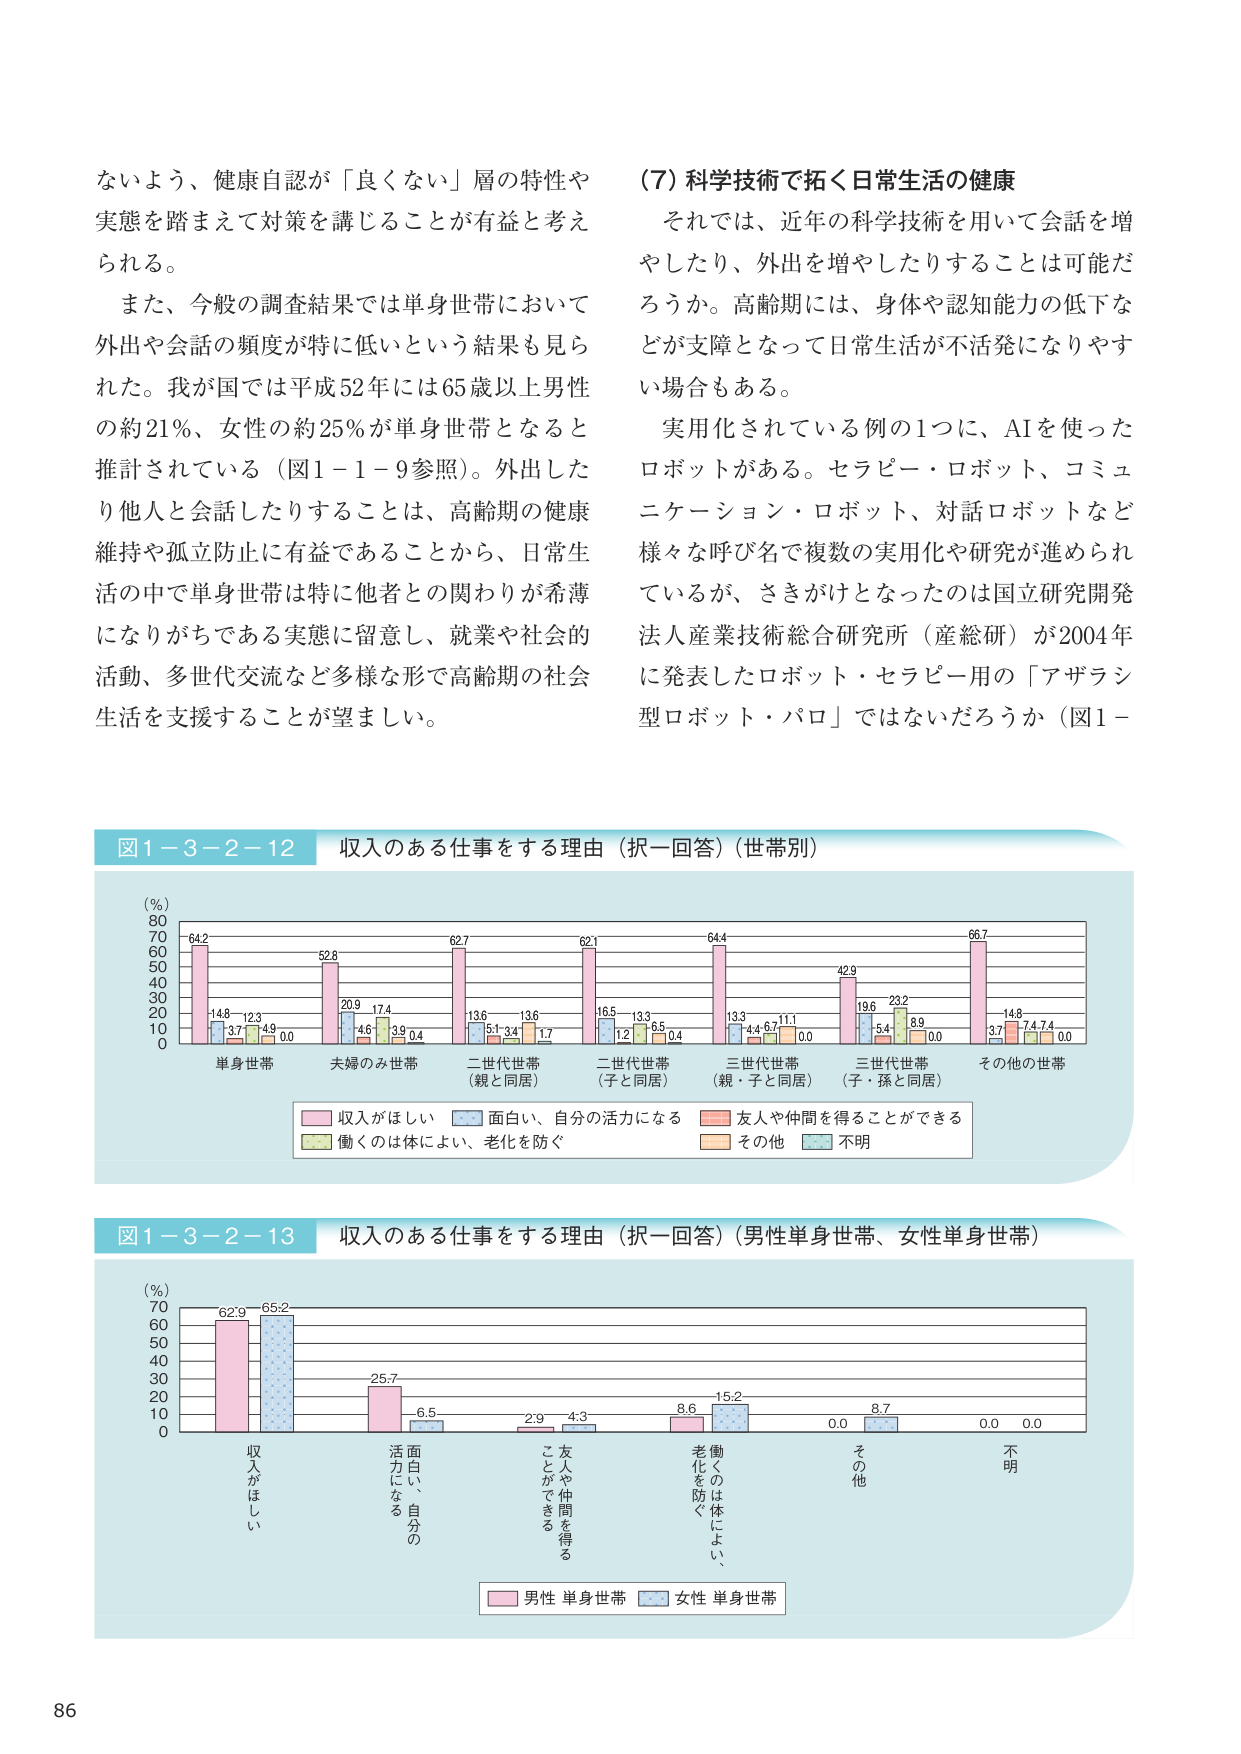
ないよう、健康自認が「良くない」層の特性や
実態を踏まえて対策を講じることが有益と考え
られる。

また、今般の調査結果では単身世帯において
外出や会話の頻度が特に低いという結果も見ら
れた。我が国では平成52年には65歳以上男性
の約21％、女性の約25％が単身世帯となると
推計されている（図1－1－9参照）。外出した
り他人と会話したりすることは、高齢期の健康
維持や孤立防止に有益であることから、日常生
活の中で単身世帯は特に他者との関わりが希薄
になりがちである実態に留意し、就業や社会的
活動、多世代交流など多様な形で高齢期の社会
生活を支援することが望ましい。

(7) 科学技術で拓く日常生活の健康
　それでは、近年の科学技術を用いて会話を増
やしたり、外出を増やしたりすることは可能だ
ろうか。高齢期には、身体や認知能力の低下な
どが支障となって日常生活が不活発になりやす
い場合もある。

　実用化されている例の1つに、AIを使った
ロボットがある。セラピー・ロボット、コミュ
ニケーション・ロボット、対話ロボットなど
様々な呼び名で複数の実用化や研究が進められ
ているが、さきがけとなったのは国立研究開発
法人産業技術総合研究所（産総研）が2004年
に発表したロボット・セラピー用の「アザラシ
型ロボット・パロ」ではないだろうか（図1－

図1－3－2－12　収入のある仕事をする理由（択一回答）（世帯別）
（％）
80
70
60
50
40
30
20
10
0
単身世帯　夫婦のみ世帯　二世代世帯（親と同居）　二世代世帯（子と同居）　三世代世帯（親・子と同居）　三世代世帯（子・孫と同居）　その他の世帯
64.2　14.8　12.3　3.7　4.9　0.0
52.8　20.9　17.4　4.6　3.9　0.4
62.7　13.6　5.1　3.4　13.6　1.7
62.1　16.5　1.2　13.3　6.5　0.4
64.4　13.3　4.4　6.7　11.1　0.0
42.9　19.6　5.4　23.2　8.9　0.0
66.7　14.8　3.7　7.4　7.4　0.0
収入がほしい　面白い、自分の活力になる　友人や仲間を得ることができる　働くのは体によい、老化を防ぐ　その他　不明

図1－3－2－13　収入のある仕事をする理由（択一回答）（男性単身世帯、女性単身世帯）
（％）
70
60
50
40
30
20
10
0
収入がほしい　面白い、自分の活力になる　友人や仲間を得ることができる　働くのは体によい、老化を防ぐ　その他　不明
62.9　65.2
25.7　6.5
2.9　4.3
8.6　15.2
0.0　8.7
0.0　0.0
男性 単身世帯　女性 単身世帯

86